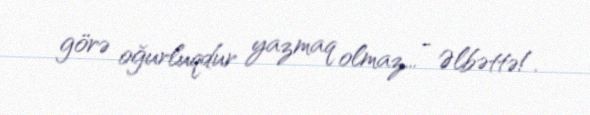
görə oğurluqdur yazmaq olmaz... - Əlbəttə!.